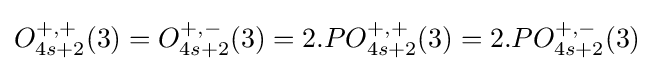
O_{4s+2}^{+,+}(3)=O_{4s+2}^{+,-}(3)=2.PO_{4s+2}^{+,+}(3)=2.PO_{4s+2}^{+,-}(3)